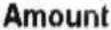
AMOUNT